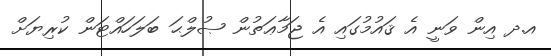
އ.ދ އިން ވަނީ އެ ޤައުމުގައި އެ ޖަމާޢަތުން ޞުލްޙަ ބަލަހައްޓަން ކުރިޔަށް